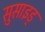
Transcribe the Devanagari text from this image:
सुसाइड्